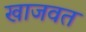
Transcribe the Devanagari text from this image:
खाजवत